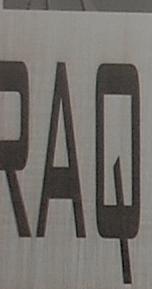
raq